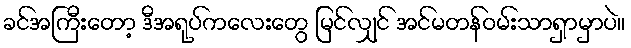
ခင်အကြီးတော့ ဒီအရုပ်ကလေးတွေ မြင်လျှင် အင်မတန်ဝမ်းသာရှာမှာပဲ။